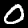
Digit: 0